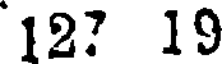
12? 19